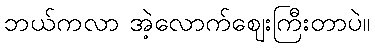
ဘယ်ကလာ အဲ့လောက်ဈေးကြီးတာပဲ။